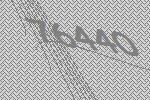
76440